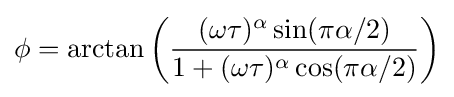
\phi =\arctan \left({(\omega \tau )^{\alpha }\sin(\pi \alpha /2) \over 1+(\omega \tau )^{\alpha }\cos(\pi \alpha /2)}\right)